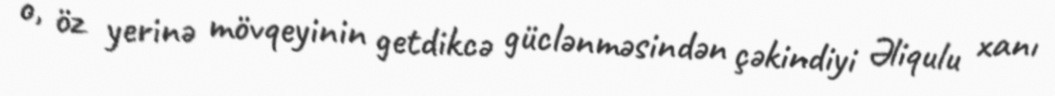
o, öz yerinə mövqeyinin getdikcə güclənməsindən çəkindiyi Əliqulu xanı